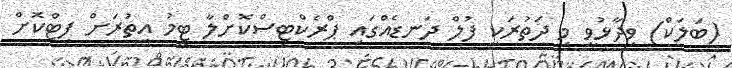
(ބަލަކް) ވިދާޅުވީ މި ދަތުރަކީ ފުލް ދަނޑެއްގައި ޕްރެކްޓިސްކޮށްލާ ޓީމު އިތުރަށް ފިޓްކޮށް